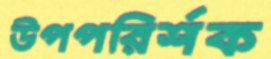
উপপরির্শক